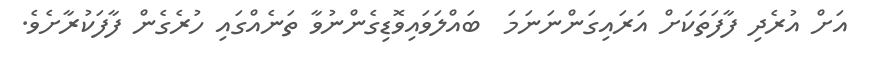
އަށް އުރެދި ފާފަތަކަށް އަރައިގަންނަނަމަ  ބައްލަވައިވޮޑިގެންނުވާ ތަނެއްގައި ހުރެގެން ފާފަކުރާށެވެ.